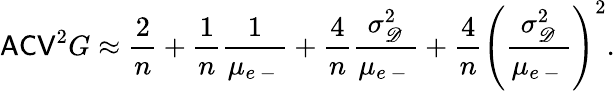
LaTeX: \mathsf{ACV}^{2}G\approx\frac{2}{n}+\frac{1}{n}\frac{1}{\mu_{e\mathrm{~-~}}}+\frac{4}{n}\frac{\sigma_{\mathscr D}^{2}}{\mu_{e\mathrm{~-~}}}+\frac{4}{n}\left(\frac{\sigma_{\mathscr D}^{2}}{\mu_{e\mathrm{~-~}}}\right)^{2}.